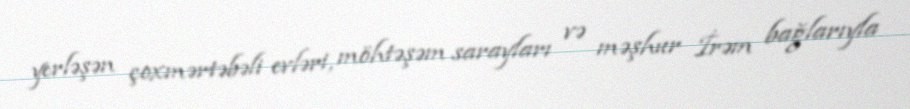
yerləşən çoxmərtəbəli evləri, möhtəşəm sarayları və məşhur İrəm bağlarıyla